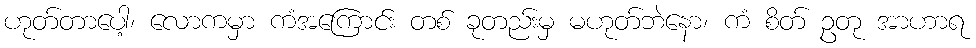
ဟုတ်တာပေါ့၊ လောကမှာ ကံအကြောင်း တစ် ခုတည်းမှ မဟုတ်ဘဲနော၊ ကံ စိတ် ဥတု အာဟာရ